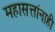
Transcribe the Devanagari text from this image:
महासत्तांनाही